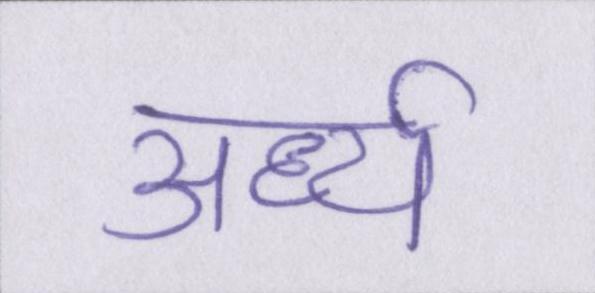
अर्ध्य